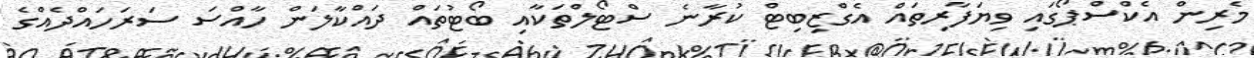
މެރިން އެކްސްޕޯގައި ވިޔަފާރިތައް އެގްޒިބިޓް ކުރާނެ ސްޓޯލްތަކާއި ބޯޓުތައް ދައްކާލަން ހާއްސަ ސަރަހައްދެއްގެ